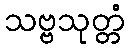
သဗ္ဗသုတ္တံ